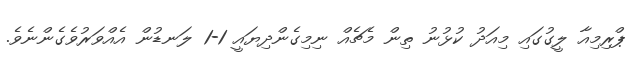
ޕްރިމިއާ ލީގުގައި މިއަދު ކުޅުނު ތިން މެޗެއް ނިމިގެންދިޔައީ 1-1 ލަނޑުން އެއްވަރުވެގެންނެވެ.